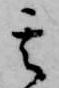
其